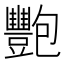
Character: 𬤺